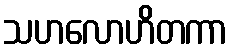
သဟလောဟိတကာ